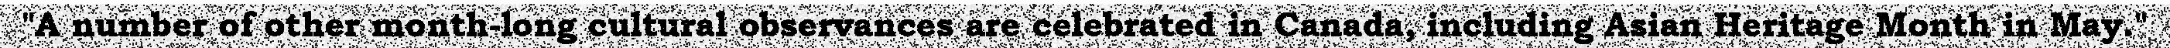
"A number of other month-long cultural observances are celebrated in Canada, including Asian Heritage Month in May."